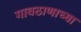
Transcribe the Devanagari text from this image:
गावठाणाच्या